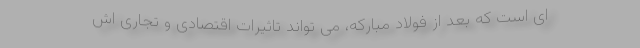
ای است که بعد از فولاد مبارکه، می تواند تاثیرات اقتصادی و تجاری اش